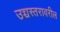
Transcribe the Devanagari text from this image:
उच्चस्तरावरील